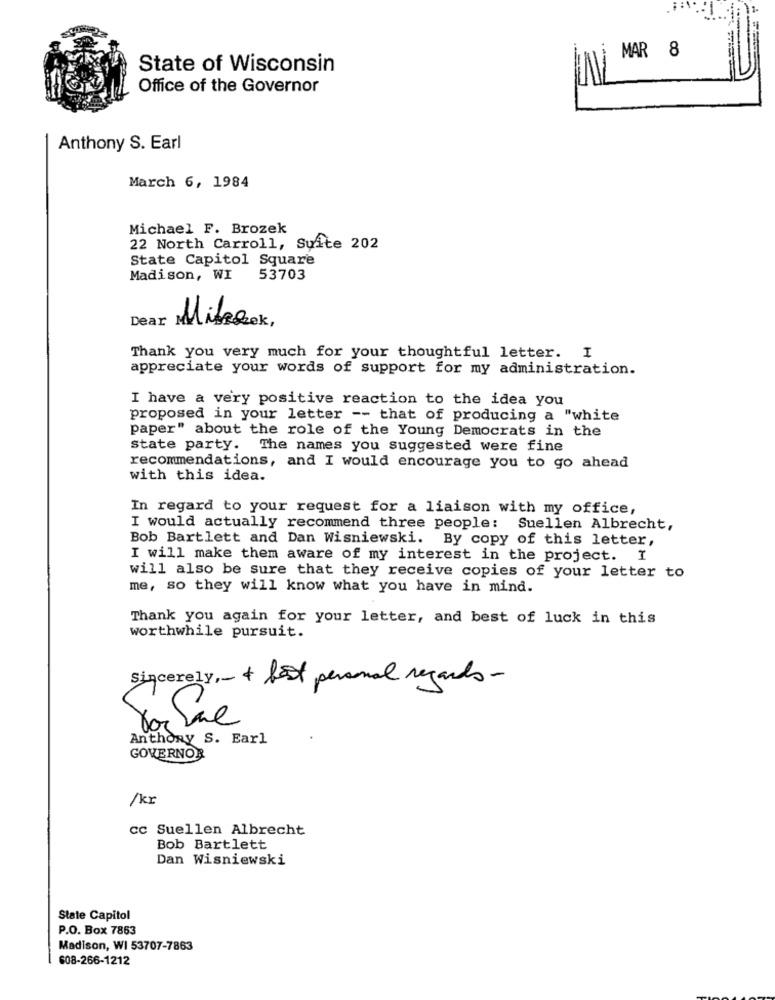
-
MAR 8
State of Wisconsin
Office of the Governor
Anthony S. Earl
March 6, 1984
Michael F. Brozek
22 North Carroll, Suite 202
State Capitol Square
Madison, WI 53703
Dear
Mitrolex
Thank you very much for your thoughtful letter. I
appreciate your words of support for my administration.
I have a very positive reaction to the idea you
proposed in your letter -- that of producing a "white
paper" about the role of the Young Democrats in the
State party. The names you suggested were fine
recommendations, and I would encourage you to go ahead
with this idea.
In regard to your request for a liaison with my office,
I would actually recommend three people: Suellen Albrecht,
Bob Bartlett and Dan Wisniewski. By copy of this letter,
I will make them aware of my interest in the project. I
will also be sure that they receive copies of your letter to
me, so they will know what you have in mind.
Thank you again for your letter, and best of luck in this
worthwhile pursuit.
+ foot personal regards-
Vor
Anthony S. Earl
GOVERNOR
/kr
cc Suellen Albrecht
Bob Bartlett
Dan Wisniewski
State Capitol
P.O. Box 7863
Madison, WI 53707-7863
608-266-1212